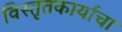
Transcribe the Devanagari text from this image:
विस्तृतकार्याचा